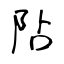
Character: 阽